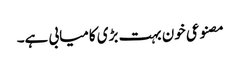
مصنوعی خون بہت بڑی کامیابی ہے۔